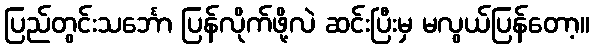
ပြည်တွင်းသင်္ဘော ပြန်လိုက်ဖို့လဲ ဆင်းပြီးမှ မလွယ်ပြန်တော့။